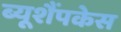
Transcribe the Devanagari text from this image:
ब्यूशैंपकेस